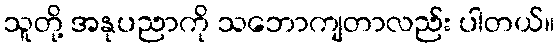
သူတို့ အနုပညာကို သဘောကျတာလည်း ပါတယ်။